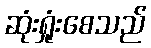
ဆုံးရှုံးစေသည်